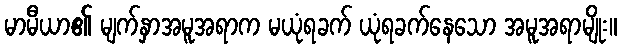
မာမီယာ၏ မျက်နှာအမူအရာက မယုံရခက် ယုံရခက်နေသော အမူအရာမျိုး။